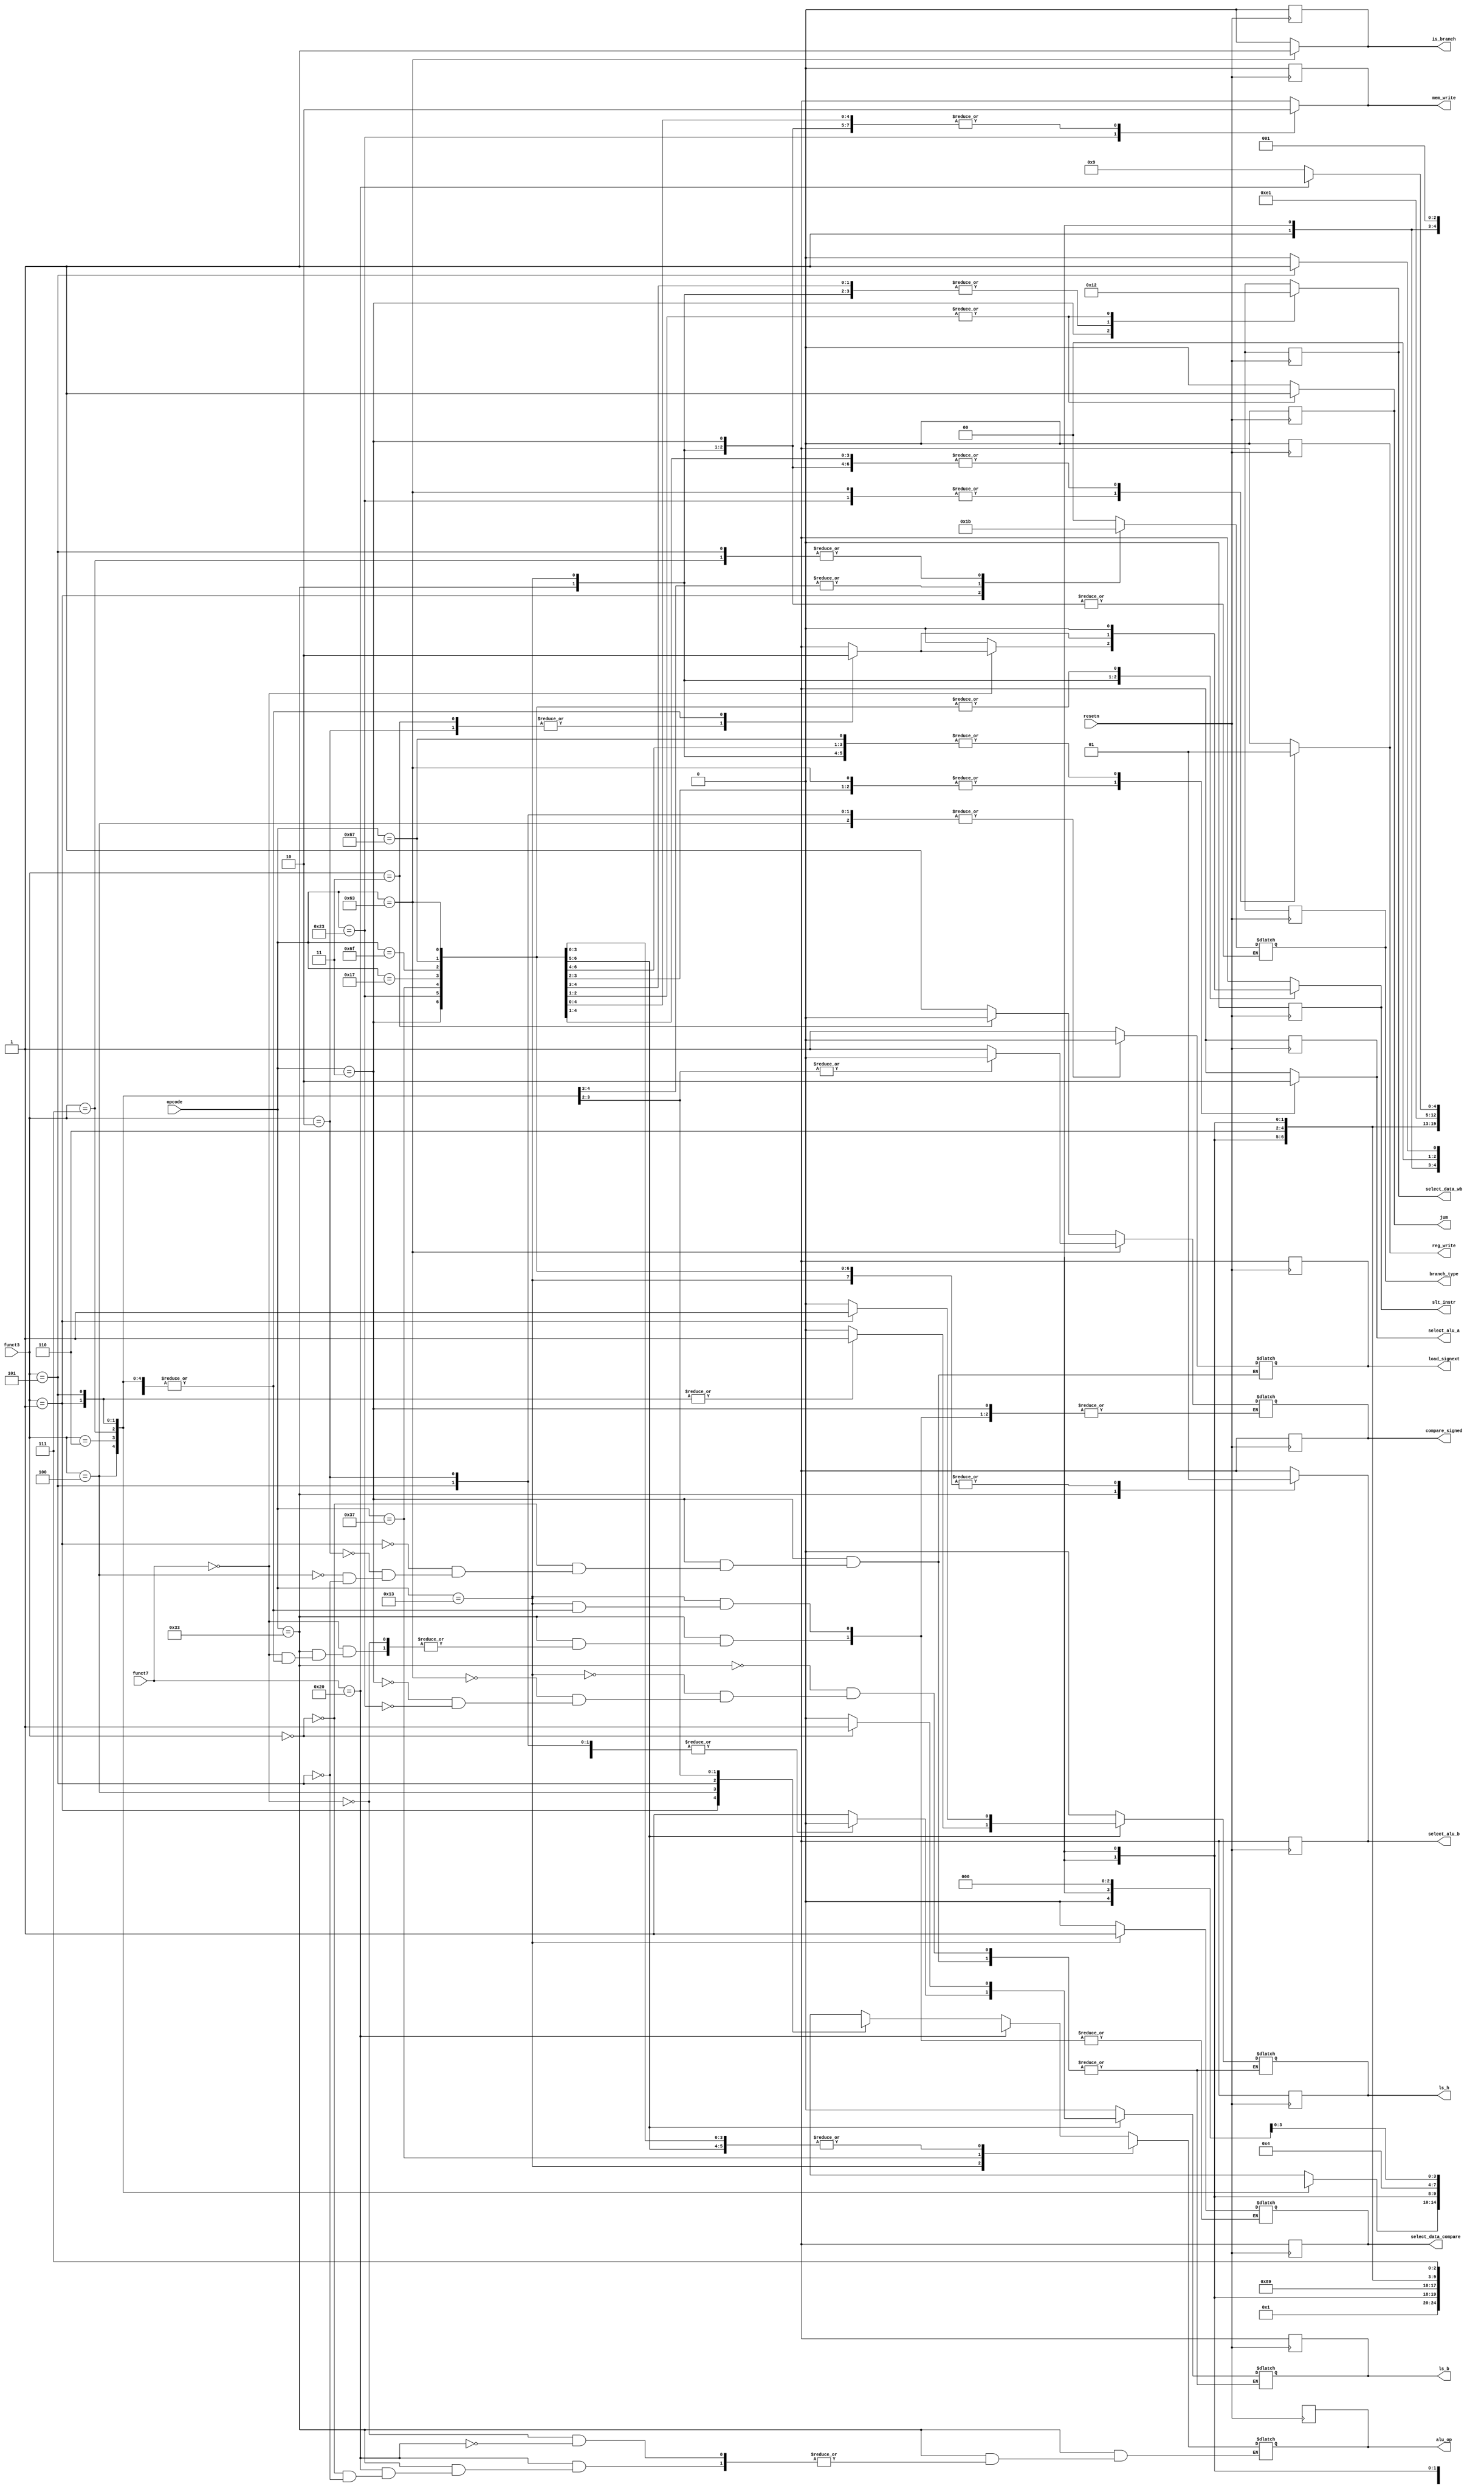
`timescale 1ns / 1ps
//////////////////////////////////////////////////////////////////////////////////
// Company: 
// Engineer: 
// 
// Design Name: 
// Module Name: Control_Unit
// Project Name: 
// Target Devices: 
// Tool Versions: 
// Description: 
// 
// Dependencies: 
// 
// Revision:
// Revision 0.01 - File Created
// Additional Comments:
// 
//////////////////////////////////////////////////////////////////////////////////


module Control_Unit(
    input wire [6:0] opcode,
    input wire [6:0] funct7,
    input wire [2:0] funct3,
    input wire resetn,
    output reg [4:0] alu_op,
    output reg [1:0] select_data_wb,
    output reg [1:0] branch_type,
    output reg slt_instr, reg_write, is_branch, jum, mem_write, ls_b, ls_h
    , compare_signed, select_alu_a, select_alu_b, select_data_compare, load_signext
    );
    
    always @(negedge resetn) begin
        alu_op = 5'bxxxxx;
        select_data_wb = 2'bxx;
        slt_instr = 1'b0;
        reg_write = 1'b0;
        branch_type = 2'bxx;
        is_branch = 1'b0;
        jum = 1'b0;
        mem_write = 1'b0;
        compare_signed = 1'bx;
        select_alu_a = 1'bx;
        select_alu_b = 1'bx;
        select_data_compare = 1'bx;
        ls_b = 1'bx;
        ls_h = 1'bx;
        load_signext = 1'bx;
    end
    
    always @(*) begin
        case(opcode)
            7'b0110011: begin // R-type
                reg_write = 1'b1;
                mem_write = 1'b0;
                is_branch = 1'b0;
                jum = 1'b0;
                select_data_wb = 2'b00;
                select_alu_a = 1'b0;
                select_alu_b = 1'b0;
                ls_b = 1'b0;
                ls_h = 1'b0;
                load_signext = 1'bx;
                slt_instr = 1'b0;
                    case(funct7)
                        7'b0000000: begin
                            case(funct3)
                                3'b000: alu_op = 5'b0x000; // add
                                3'b001: alu_op = 5'b00001; // sll
                                3'b010: begin              // slt
                                    compare_signed = 1'b1;
                                    slt_instr = 1'b1;
                                    select_data_compare = 1'b0;
                                    alu_op = 5'bxxxxx;
                                end
                                3'b011: begin              // sltu
                                    compare_signed = 1'b0;
                                    slt_instr = 1'b1;
                                    select_data_compare = 1'b0;
                                    alu_op = 5'bxxxxx;
                                end
                                3'b100: alu_op = 5'bxx100; // xor
                                3'b101: alu_op = 5'b01001; // srl
                                3'b110: alu_op = 5'bxx110; // or
                                3'b111: alu_op = 5'bxx111; // and
                            endcase
                        end
                        7'b0100000: begin // sra/sub
                            case(funct3)
                                3'b000: alu_op = 5'b1x000; // sub
                                3'b101: alu_op = 5'b1x001; // sra
                            endcase
                        end
                    endcase
            end
            7'b0010011: begin // I-type
                reg_write = 1'b1;
                mem_write = 1'b0;
                is_branch = 1'b0;
                jum = 1'b0;
                select_data_wb = 2'b00;
                select_alu_a = 1'b0;
                select_alu_b = 1'b1;
                ls_b = 1'b0;
                ls_h = 1'b0;
                load_signext = 1'bx;
                slt_instr = 1'b0;
                case(funct3)
                    3'b000: alu_op = 5'b0x000; // addi
                    3'b010: begin              // slti
                        compare_signed = 1'b1;
                        slt_instr = 1'b1;
                        select_data_compare = 1'b1;
                        alu_op = 5'bxxxxx;
                    end
                    3'b011: begin               // sltiu
                        compare_signed = 1'b0;
                        select_data_compare = 1'b1;
                        alu_op = 5'bxxxxx; 
                        slt_instr = 1'b1;
                    end
                    3'b100: alu_op = 5'bxx100; // xori
                    3'b110: alu_op = 5'bxx110; // ori
                    3'b111: alu_op = 5'bxx111; // andi
                    3'b001:begin               // slli
                        alu_op = 5'b00001; 
                    end
                    3'b101:                 // sr
                    begin
                        case(funct7)
                            7'b0000000: alu_op = 5'b01001; // srli
                            7'b0100000: alu_op = 5'b1x001; // srai
                            default:    alu_op = 5'bxxxxx;
                        endcase
                    end             
                endcase
            end
            7'b1100011: begin // B-type
                alu_op = 5'b0x000;
                select_data_wb = 2'bxx;
                slt_instr = 1'b0;
                reg_write = 1'b0;
                is_branch = 1'b1;
                jum = 1'b0;
                mem_write = 1'b0;
                select_alu_a = 1'b1;
                select_alu_b = 1'b1;
                select_data_compare = 1'b0;
                ls_b = 1'b0;
                ls_h = 1'b0;
                load_signext = 1'bx;
                case(funct3)
                    3'b000:begin  // beg
                        compare_signed = 1'b1;
                        branch_type = 2'b00;
                    end
                    3'b001: begin // bne
                        compare_signed = 1'b1;
                        branch_type = 2'b01;
                    end
                    3'b100: begin // blt
                        compare_signed = 1'b1;
                        branch_type = 2'b10;
                    end
                    3'b101: begin // bge
                        compare_signed = 1'b1;
                        branch_type = 2'b11;
                    end
                    3'b110: begin // bltu
                        compare_signed = 1'b0;
                        branch_type = 2'b10;
                    end
                    3'b111: begin // bgeu
                        compare_signed = 1'b0;
                        branch_type = 2'b11;
                    end
                    default: begin
                        compare_signed = 1'b1;
                        branch_type = 2'bxx;
                    end
                endcase
            end
            7'b0000011: begin // Load-type
                alu_op = 5'b0x000;
                select_data_wb = 2'b01;
                slt_instr = 1'b0;
                reg_write = 1'b1;
                is_branch = 1'b0;
                jum = 1'b0;
                mem_write = 1'b0;
                select_alu_a = 1'b0;
                select_alu_b = 1'b1;
                select_data_compare = 1'bx;
                
                case(funct3)
                     3'b000: begin // lb
                        ls_b         = 1'b1;
                        ls_h         = 1'b0;
                        load_signext = 1'b1;
                     end
                     3'b001: // lh
                    begin
                        ls_b         = 1'b0;
                        ls_h         = 1'b1;
                        load_signext = 1'b1;
                    end
                    3'b010: // lw
                    begin
                        ls_b         = 1'b0;
                        ls_h         = 1'b0;
                        load_signext = 1'b0;
                    end
                    3'b100: // lbu
                    begin
                        ls_b         = 1'b1;
                        ls_h         = 1'b0;
                        load_signext = 1'b0;
                    end
                    3'b101: // lhu
                    begin
                        ls_b         = 1'b0;
                        ls_h         = 1'b1;
                        load_signext = 1'b0;
                    end
                endcase
            end
            7'b0100011: begin //Store-Type
                alu_op = 5'b0x000;
                select_data_wb = 2'bxx;
                slt_instr = 1'b0;
                reg_write = 1'b0;
                branch_type = 2'bxx;
                is_branch = 1'b0;
                jum = 1'b0;
                mem_write = 1'b1;
                compare_signed = 1'bx;
                select_alu_a = 1'b0;
                select_alu_b = 1'b1;
                select_data_compare = 1'bx;
                load_signext = 1'bx;
                
                case(funct3)
                    3'b000: // sb
                    begin
                        ls_b = 1'b1;
                        ls_h = 1'b0;
                    end
                    3'b001: // sh
                    begin
                        ls_b = 1'b0;
                        ls_h = 1'b1;
                    end
                    default: // sw
                    begin
                        ls_b = 0;
                        ls_h = 0;
                    end
                endcase
            end
            7'b0110111: begin // lui
                alu_op = 5'bxx010;
                select_data_wb = 2'b00;
                slt_instr = 1'b0;
                reg_write = 1'b1;
                branch_type = 2'bxx;
                is_branch = 1'b0;
                jum = 1'b0;
                mem_write = 1'b0;
                compare_signed = 1'bx;
                select_alu_a = 1'b0;
                select_alu_b = 1'b1;
                select_data_compare = 1'bx;
                load_signext = 1'bx;
            end
            7'b0010111: begin // auipc
                alu_op = 5'b0x000;
                select_data_wb = 2'b00;
                slt_instr = 1'b0;
                reg_write = 1'b1;
                branch_type = 2'bxx;
                is_branch = 1'b0;
                jum = 1'b0;
                mem_write = 1'b0;
                compare_signed = 1'bx;
                select_alu_a = 1'b1;
                select_alu_b = 1'b1;
                select_data_compare = 1'bx;
                load_signext = 1'bx;
            end
            7'b1101111: begin // jal
                alu_op = 5'b0x000;
                select_data_wb = 2'b10;
                slt_instr = 1'b0;
                reg_write = 1'b1;
                branch_type = 2'bxx;
                is_branch = 1'b0;
                jum = 1'b1;
                mem_write = 1'b0;
                compare_signed = 1'bx;
                select_alu_a = 1'b1;
                select_alu_b = 1'b1;
                select_data_compare = 1'bx;
                load_signext = 1'bx;
            end
            7'b1100111: begin // jalr
                alu_op = 5'b0x000;
                select_data_wb = 2'b10;
                slt_instr = 1'b0;
                reg_write = 1'b1;
                branch_type = 2'bxx;
                is_branch = 1'b0;
                jum = 1'b1;
                mem_write = 1'b0;
                compare_signed = 1'bx;
                select_alu_a = 1'b0;
                select_alu_b = 1'b1;
                select_data_compare = 1'bx;
                load_signext = 1'bx;
            end
            default: begin
                alu_op = 5'bxxxxx;
                select_data_wb = 2'bxx;
                slt_instr = 1'bx;
                reg_write = 1'bx;
                branch_type = 2'bxx;
                is_branch = 1'b0;
                jum = 1'b0;
                mem_write = 1'bx;
                compare_signed = 1'bx;
                select_alu_a = 1'bx;
                select_alu_b = 1'bx;
                select_data_compare = 1'bx;
                load_signext = 1'bx;
            end
        endcase
    end
    
endmodule